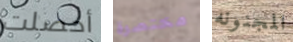
أحصلت مختصرة المجنونه